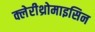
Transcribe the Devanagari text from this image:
क्लेरीथ्रोमाइसिन